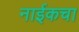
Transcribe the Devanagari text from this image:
नाईकचा